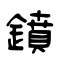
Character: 鐼